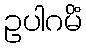
ဥပါဂမိံ